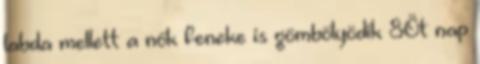
labda mellett a nők feneke is gömbölyödik 8Öt nap